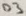
Text: D3